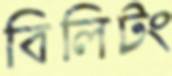
বিলিটং